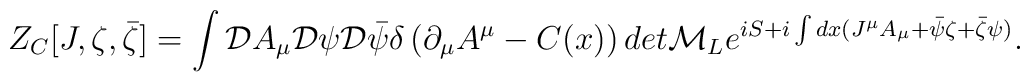
Z_C[J,\zeta,\bar\zeta]=\int{\cal D}A_\mu{\cal D}\psi{\cal D}\bar\psi\delta\left(\partial_\mu A^\mu-C(x)\right) det{\cal M}_Le^{iS+i\int dx (J^\mu A_\mu+\bar\psi\zeta+\bar\zeta\psi)} .